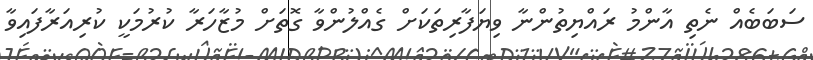
ސަބަބެއް ނެތި އާންމު ރައްޔިތުންނާ ވިޔަފާރިތަކަށް ގެއްލުންވާ ގޮތަށް މުޒާހަރާ ކުރުމަކީ ކުރިއަރާފައިވާ